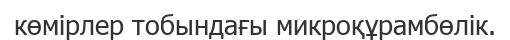
көмірлер тобындағы микроқұрамбөлік.